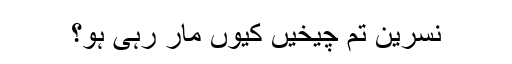
نسرین تم چیخیں کیوں مار رہی ہو؟